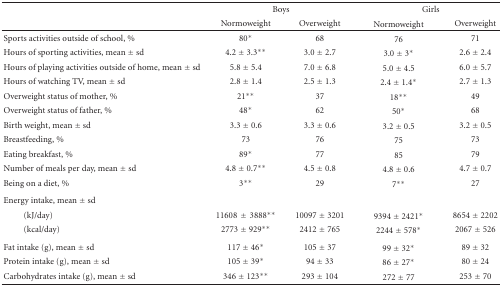
<table><thead><tr><td></td><td colspan="2"><b>Boys</b></td><td colspan="2"><b>Girls</b></td></tr><tr><td></td><td><b>Normoweight</b></td><td><b>Overweight</b></td><td><b>Normoweight</b></td><td><b>Overweight</b></td></tr></thead><tbody><tr><td>Sports activities outside of school, %</td><td>80*</td><td>68</td><td>76</td><td>71</td></tr><tr><td>Hours of sporting activities, mean ± sd</td><td>4.2 ± 3.3**</td><td>3.0 ± 2.7</td><td>3.0 ± 3*</td><td>2.6 ± 2.4</td></tr><tr><td>Hours of playing activities outside of home, mean ± sd</td><td>5.8 ± 5.4</td><td>7.0 ± 6.8</td><td>5.0 ± 4.5</td><td>6.0 ± 5.7</td></tr><tr><td>Hours of watching TV, mean ± sd</td><td>2.8 ± 1.4</td><td>2.5 ± 1.3</td><td>2.4 ± 1.4*</td><td>2.7 ± 1.3</td></tr><tr><td>Overweight status of mother, %</td><td>21**</td><td>37</td><td>18**</td><td>49</td></tr><tr><td>Overweight status of father, %</td><td>48*</td><td>62</td><td>50*</td><td>68</td></tr><tr><td>Birth weight, mean ± sd</td><td>3.3 ± 0.6</td><td>3.3 ± 0.6</td><td>3.2 ± 0.5</td><td>3.2 ± 0.5</td></tr><tr><td>Breastfeeding, %</td><td>73</td><td>76</td><td>75</td><td>73</td></tr><tr><td>Eating breakfast, %</td><td>89*</td><td>77</td><td>85</td><td>79</td></tr><tr><td>Number of meals per day, mean ± sd</td><td>4.8 ± 0.7**</td><td>4.5 ± 0.8</td><td>4.8 ± 0.6</td><td>4.7 ± 0.7</td></tr><tr><td>Being on a diet, % </td><td>3**</td><td>29</td><td>7**</td><td>27</td></tr><tr><td>Energy intake, mean ± sd</td><td></td><td></td><td></td><td></td></tr><tr><td>(kJ/day)</td><td>11608±3888**</td><td>10097 ± 3201</td><td>9394 ± 2421*</td><td>8654 ± 2202</td></tr><tr><td>(kcal/day) </td><td>2773 ± 929**</td><td>2412 ± 765</td><td>2244 ± 578*</td><td>2067 ± 526</td></tr><tr><td>Fat intake (g), mean ± sd</td><td>117 ± 46*</td><td>105 ± 37</td><td>99 ± 32*</td><td>89 ± 32</td></tr><tr><td>Protein intake (g), mean ± sd</td><td> 105 ± 39*</td><td>94 ± 33</td><td> 86 ± 27*</td><td>80 ± 24</td></tr><tr><td>Carbohydrates intake (g), mean ± sd</td><td>346 ± 123**</td><td>293 ± 104</td><td>272 ± 77</td><td>253 ± 70</td></tr></tbody></table>